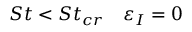
S t < S t _ { c r } \quad \varepsilon _ { I } = 0